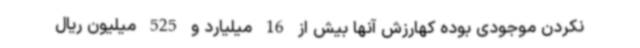
نکردن موجودی بوده کهارزش آنها بیش از 16 میلیارد و 525 میلیون ریال